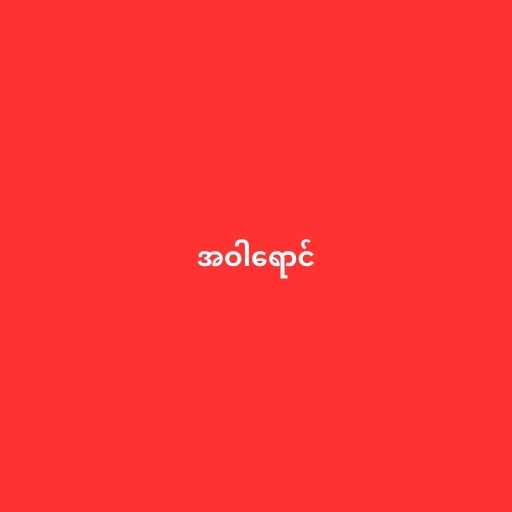
အဝါရောင်